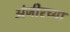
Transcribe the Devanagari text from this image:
अंजीरच्या